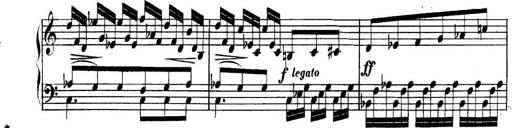
Title: Collected Piano Sonatas
Composer: Muzio Clementi